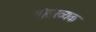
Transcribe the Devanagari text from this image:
गोसंख्यक